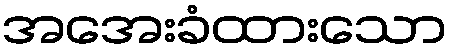
အအေးခံထားသော